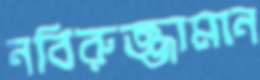
নবিরুজ্জামান